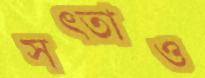
সত্তাও